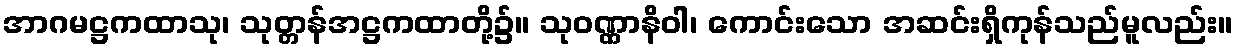
အာဂမဋ္ဌကထာသု၊ သုတ္တန်အဋ္ဌကထာတို့၌။ သုဝဏ္ဏာနိဝါ၊ ကောင်းသော အဆင်းရှိကုန်သည်မူလည်း။